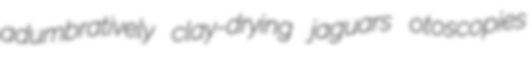
adumbratively clay-drying jaguars otoscopies